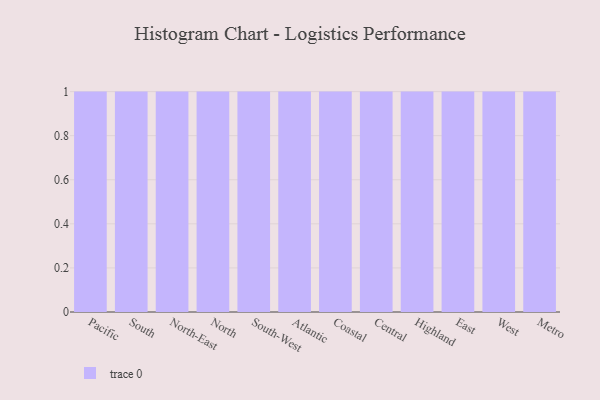
{"axis": {"x": "Region", "y": "Population (Million)"}, "legend": [""], "data": [{"x": "Pacific", "y": 42, "type": ""}, {"x": "South", "y": 83, "type": ""}, {"x": "North-East", "y": 8, "type": ""}, {"x": "North", "y": 33, "type": ""}, {"x": "South-West", "y": 57, "type": ""}, {"x": "Atlantic", "y": 84, "type": ""}, {"x": "Coastal", "y": 91, "type": ""}, {"x": "Central", "y": 24, "type": ""}, {"x": "Highland", "y": 61, "type": ""}, {"x": "East", "y": 89, "type": ""}, {"x": "West", "y": 67, "type": ""}, {"x": "Metro", "y": 55, "type": ""}]}